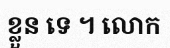
ខ្លួន ទេ ។ លោក